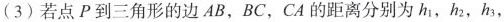
(3)若点P到三角形的边AB，BC，CA的距离分别为h_{1}，h_{2}，h_{3}，